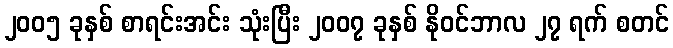
၂၀၀၅ ခုနှစ် စာရင်းအင်း သုံးပြီး ၂၀၀၇ ခုနှစ် နိုဝင်ဘာလ ၂၇ ရက် စတင်